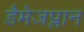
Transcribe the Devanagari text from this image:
डैमेजप्लान